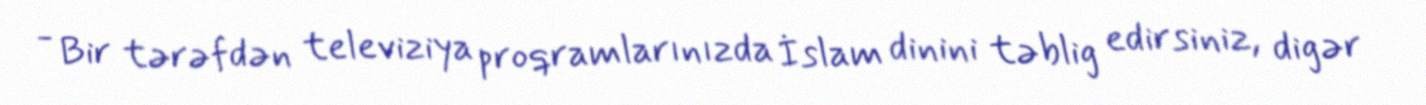
- Bir tərəfdən televiziya proqramlarınızda İslam dinini təblig edirsiniz, digər